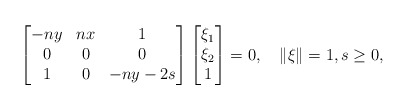
\begin{align*}\begin{bmatrix}-ny&nx&1\\ 0&0&0\\ 1&0&-ny-2s\end{bmatrix} \begin{bmatrix}\xi_1\\\xi_2\\1\end{bmatrix}=0, \quad\|\xi\|=1, s\geq0,\end{align*}